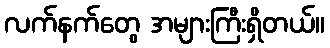
လက်နက်တွေ အများကြီးရှိတယ်။